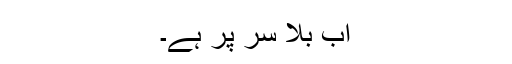
اب بلا سر پر ہے۔